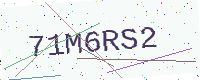
Text: 71M6RS2